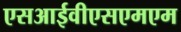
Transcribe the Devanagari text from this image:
एसआईवीएसएमएम